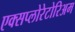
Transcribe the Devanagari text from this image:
एक्सप्लोरेटोरिअम